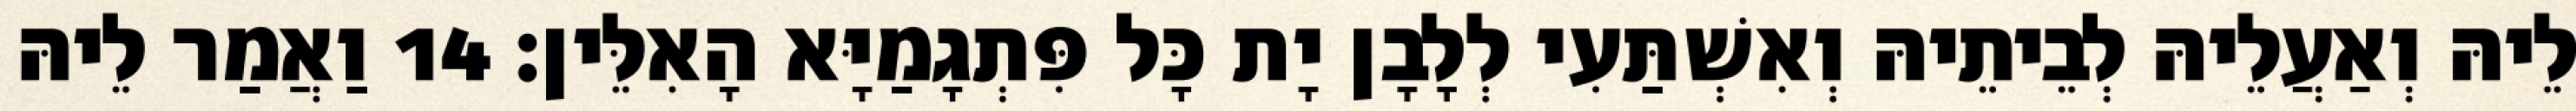
לֵיהּ וְאַעֲלֵיהּ לְבֵיתֵיהּ וְאִשְׁתַּעִי לְלָבָן יָת כָּל פִּתְגָמַיָּא הָאִלֵּין׃ 14 וַאֲמַר לֵיהּ